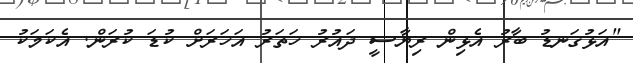
"އަޅުގަނޑު ބާރު އެޅިން ރިޔާސީ ދައުރު ހަތަރު އަަހަރަށް ކުޑަ ކުރަން. އެކަމަކު